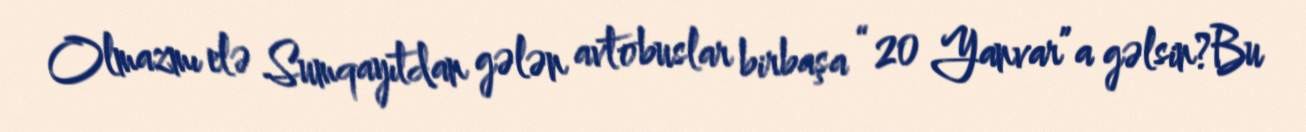
Olmazmı elə Sumqayıtdan gələn avtobuslar birbaşa “20 Yanvar”a gəlsin?Bu